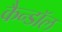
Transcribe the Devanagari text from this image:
कैन्डॉल